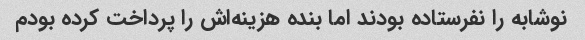
نوشابه را نفرستاده بودند اما بنده هزینه‌اش را پرداخت کرده بودم